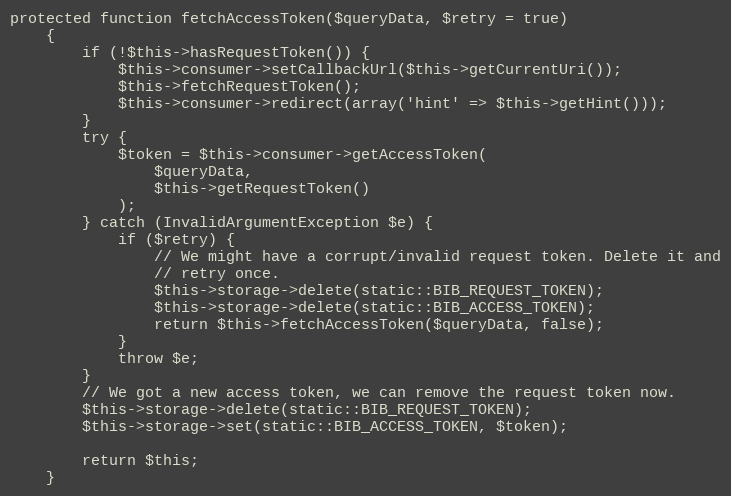
Language: PHP
protected function fetchAccessToken($queryData, $retry = true)
    {
        if (!$this->hasRequestToken()) {
            $this->consumer->setCallbackUrl($this->getCurrentUri());
            $this->fetchRequestToken();
            $this->consumer->redirect(array('hint' => $this->getHint()));
        }
        try {
            $token = $this->consumer->getAccessToken(
                $queryData,
                $this->getRequestToken()
            );
        } catch (InvalidArgumentException $e) {
            if ($retry) {
                // We might have a corrupt/invalid request token. Delete it and
                // retry once.
                $this->storage->delete(static::BIB_REQUEST_TOKEN);
                $this->storage->delete(static::BIB_ACCESS_TOKEN);
                return $this->fetchAccessToken($queryData, false);
            }
            throw $e;
        }
        // We got a new access token, we can remove the request token now.
        $this->storage->delete(static::BIB_REQUEST_TOKEN);
        $this->storage->set(static::BIB_ACCESS_TOKEN, $token);

        return $this;
    }